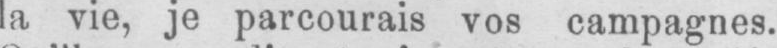
la vie, je parcourais vos campagnes.